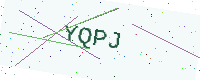
Text: YQPJ